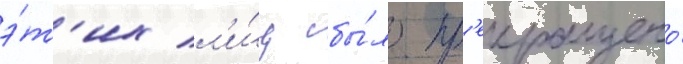
э́т'их л'и́ц бы́ло пр'екращено́